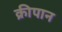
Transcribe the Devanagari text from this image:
क्रीपान